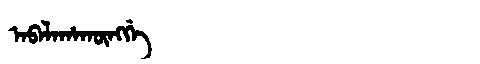
Manchu: ᠠᠪᠠᠯᠠᡥᠠᡴᡡᠩᡤᡝ
Romanization: ABALAHAKŪNGGE